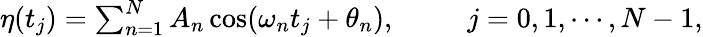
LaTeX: \begin{array}{r}{\eta(t_{j})=\sum_{n=1}^{N}A_{n}\cos(\omega_{n}t_{j}+\theta_{n}),~~~~~~~~~~j=0,1,\cdots,N-1,}\end{array}